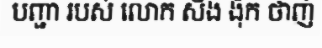
បញ្ជា របស់ លោក សឺង ង៉ុក ថាញ់